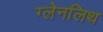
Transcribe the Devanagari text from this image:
ग्लेनलिथ